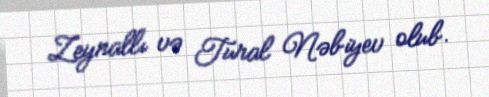
Zeynallı və Tural Nəbiyev olub.